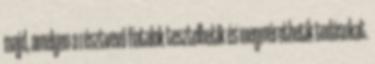
majd, amelyen a résztvevő fiatalok tesztelhetik és megmérethetik tudásukat.